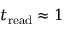
t _ { \mathrm { r e a d } } \approx 1